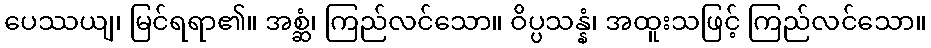
ပေဿယျ၊ မြင်ရရာ၏။ အစ္ဆံ၊ ကြည်လင်သော။ ဝိပ္ပသန္နံ၊ အထူးသဖြင့် ကြည်လင်သော။